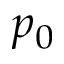
p _ { 0 }